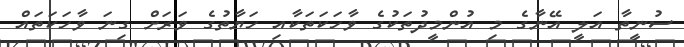
ސުނީތާ އަލީ އޭނާގެ މި އުންމީދުތަކުގެ ވާހަކަތަކާއި ހަޔާތުގެ ވަރަށް ގިނަ ވާހަކަތައް